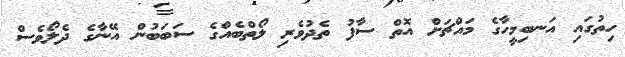
ހިތުގައި އަނބިމީހާގެ މައްޗަށް އޮތް ސާފު ތެދުވެރި ލޯތްބެއްގެ ސަބަބުން އޭނާގެ ދެލޯވެސް